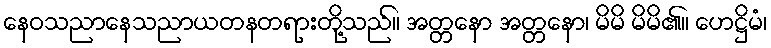
နေဝသညာနေသညာယတနတရားတို့သည်။ အတ္တနော အတ္တနော၊ မိမိ မိမိ၏။ ဟေဋ္ဌိမံ၊